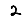
Digit: 2